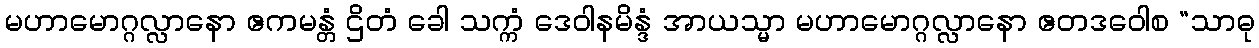
မဟာမောဂ္ဂလ္လာနော ဧကမန္တံ ဌိတံ ခေါ သက္ကံ ဒေဝါနမိန္ဒံ အာယသ္မာ မဟာမောဂ္ဂလ္လာနော ဧတဒဝေါစ “သာဓု